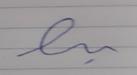
Signature authenticity: forged